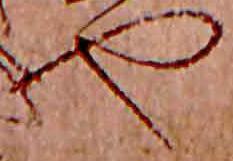
や